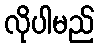
လိုပါမည်